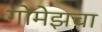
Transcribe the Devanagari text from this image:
गोमेझचा